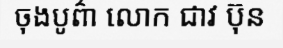
ចុងបូព៌ា លោក ជាវ ប៊ុន